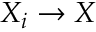
X _ { i } \to X